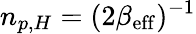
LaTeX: n_{p,H}=(2\beta_{\mathrm{eff}})^{-1}